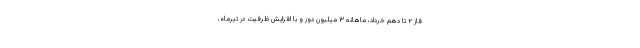
فاز ۲ تا دهم خرداد، ماهانه ۳ میلیون دوز و با افزایش ظرفیت در تیرماه،